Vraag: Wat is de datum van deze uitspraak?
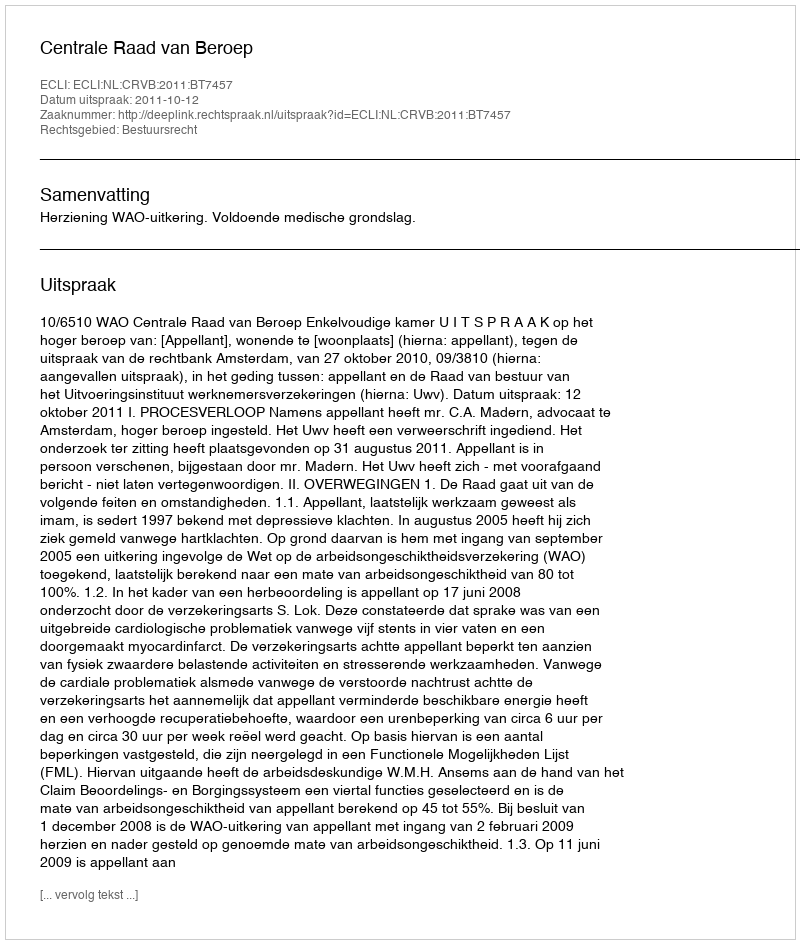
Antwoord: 2011-10-12